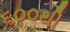
૬૦૦થી